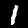
Label: 1